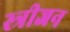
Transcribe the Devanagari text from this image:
स्त्रीजन